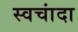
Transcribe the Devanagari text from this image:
स्वचांदा